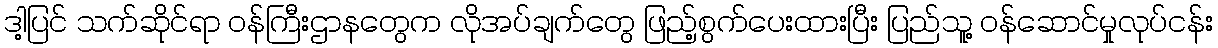
ဒါ့ပြင် သက်ဆိုင်ရာ ဝန်ကြီးဌာနတွေက လိုအပ်ချက်တွေ ဖြည့်စွက်ပေးထားပြီး ပြည်သူ့ ဝန်ဆောင်မှုလုပ်ငန်း